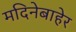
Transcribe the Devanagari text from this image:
मदिनेबाहेर